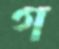
গ